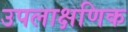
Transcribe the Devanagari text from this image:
उपलाक्षणिक